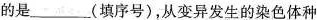
的是_______(填序号)，从变异发生的染色体种